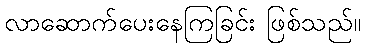
လာဆောက်ပေးနေကြခြင်း ဖြစ်သည်။